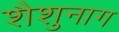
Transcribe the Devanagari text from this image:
शैशुनाग